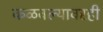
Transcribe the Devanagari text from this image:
कळवल्यावरही